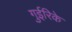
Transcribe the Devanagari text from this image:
गुईरिके